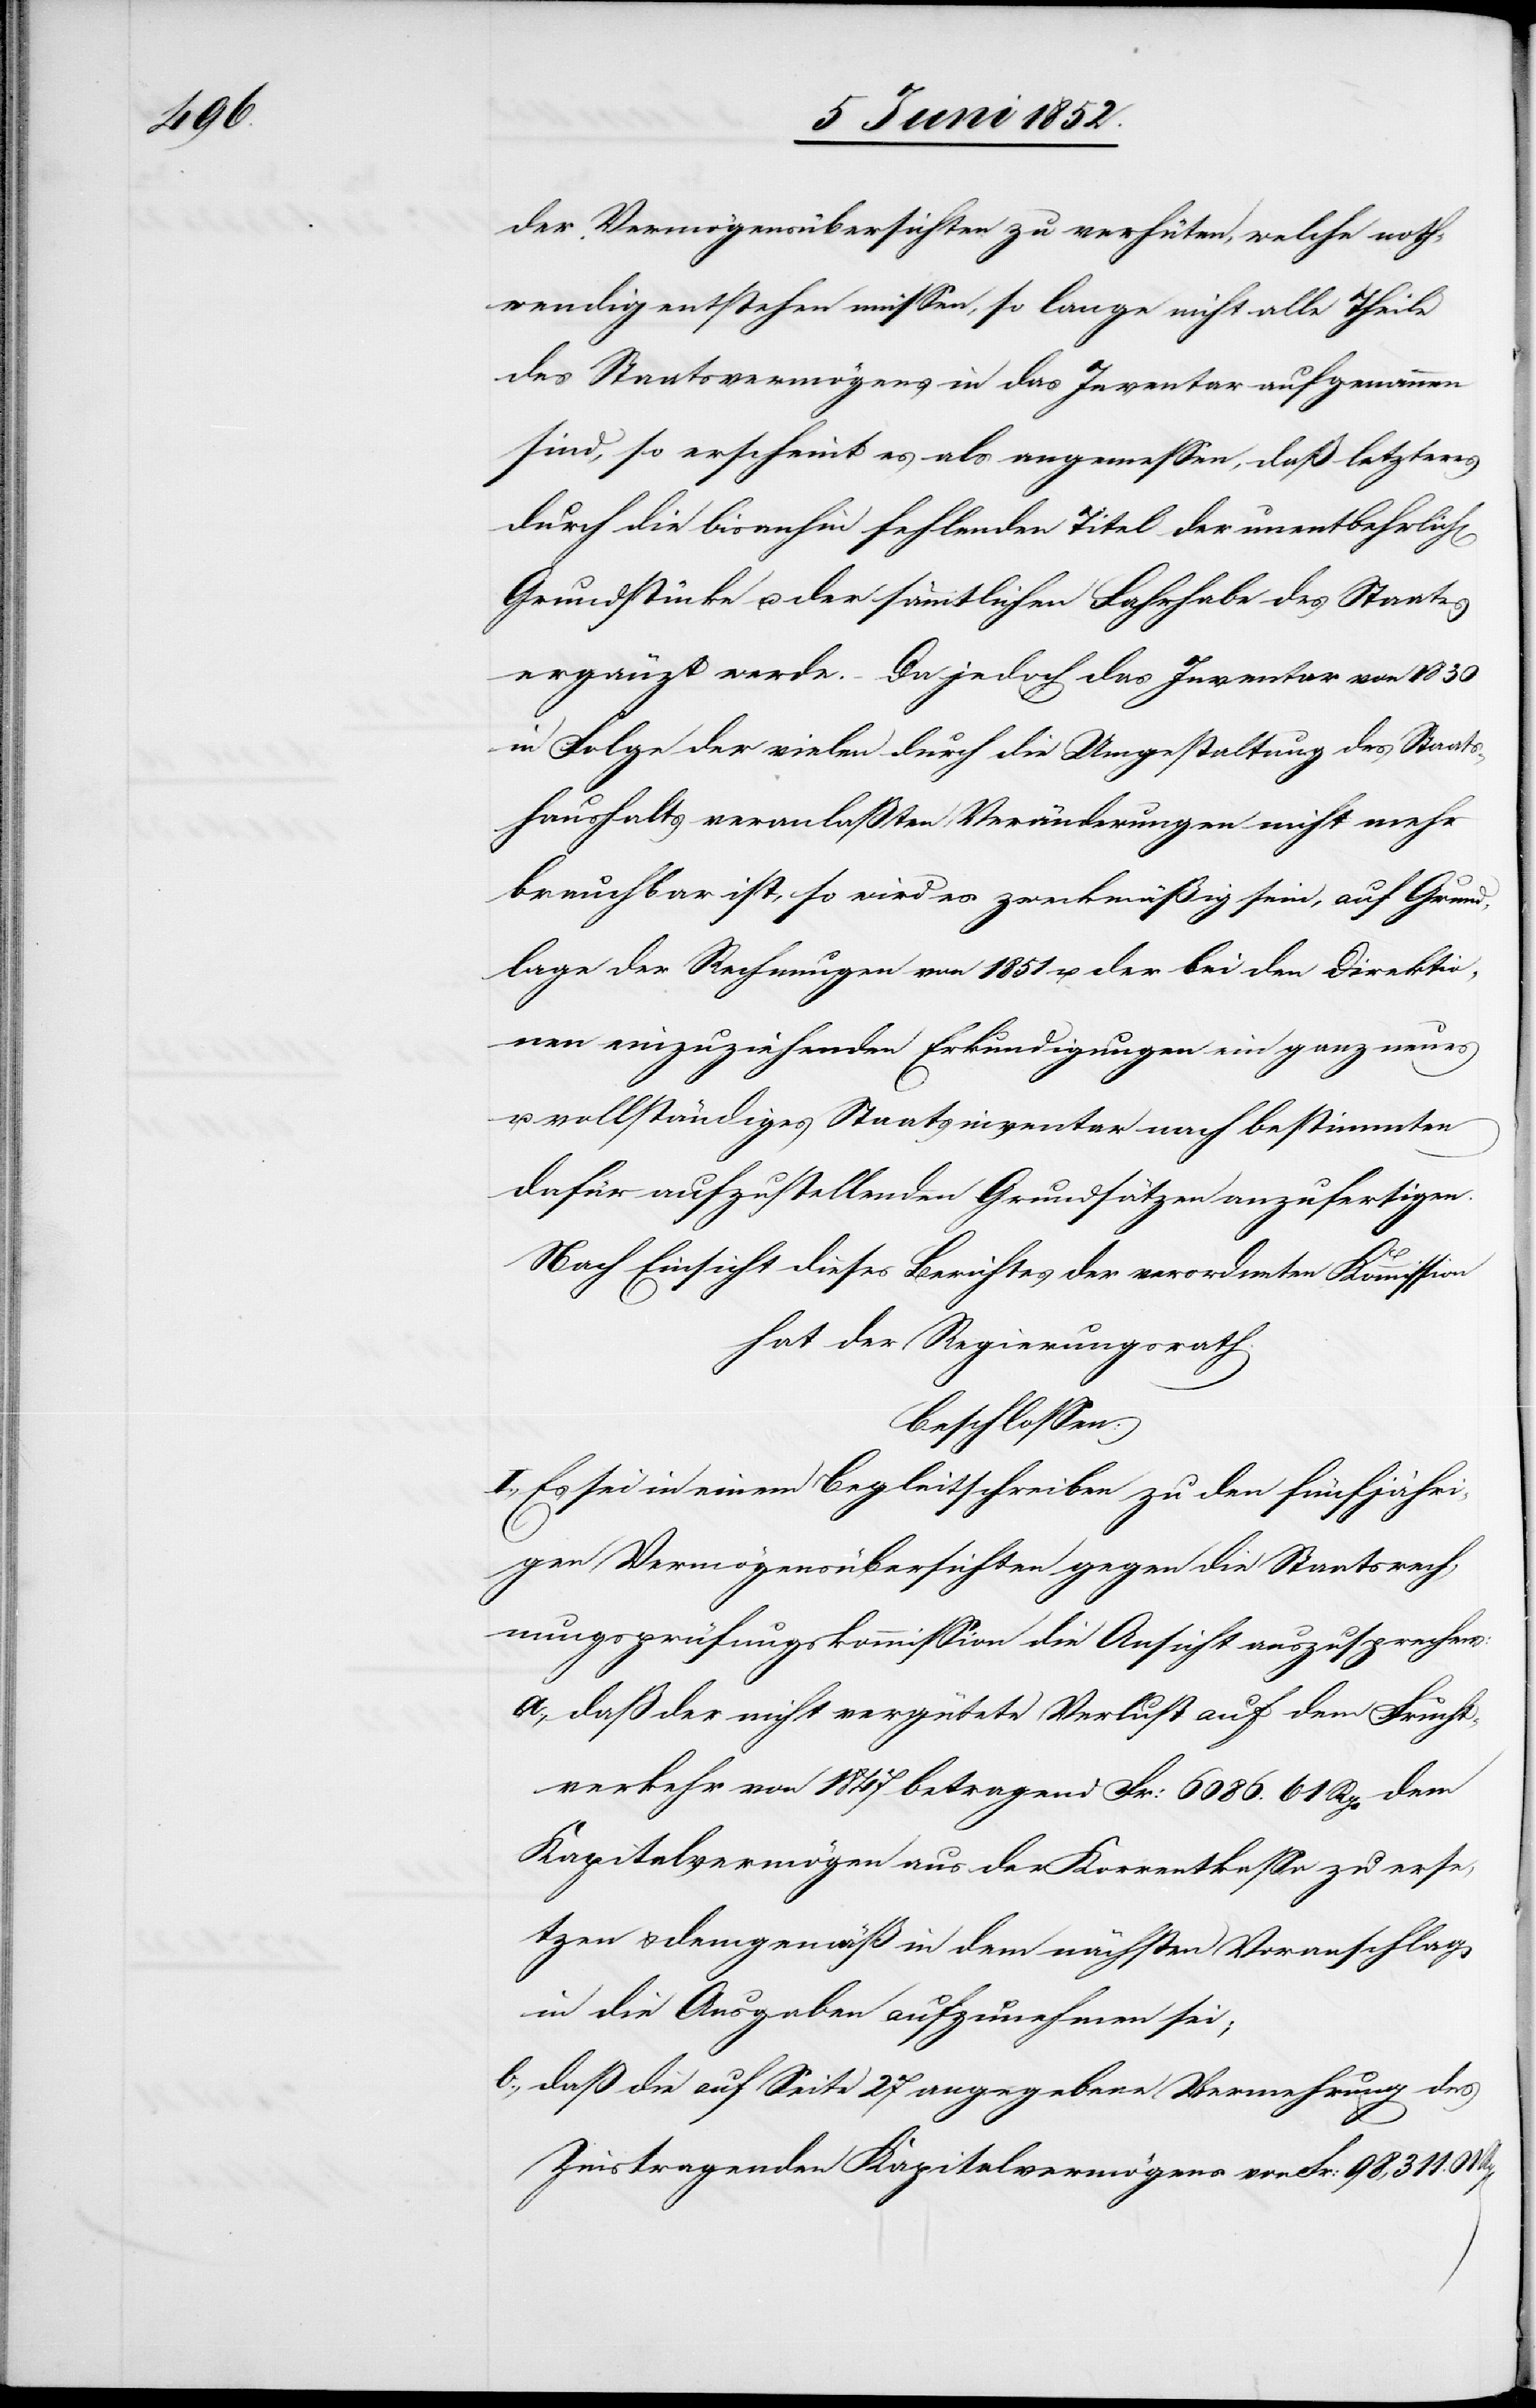
der Vermögensübersichten zu verhüten, welche noth¬
wendig entstehen müssen, so lange nicht alle Theile
des Staatsvermögens in das Inventar aufgenommen
sind, so erscheint es als angemessen, daß letzteres
durch die bisanhin fehlenden Titel der unentbehrlich[en]
Grundstücke u. der sämmtlichen Fahrhabe des Staates
ergänzt werde. – Da jedoch das Inventar von 1830
in Folge der vielen durch die Umgestaltung des Staats¬
haushalts veranlaßten Veränderungen nicht mehr
brauchbar ist, so wird es zweckmäßig sein, auf Grund¬
lage der Rechnungen von 1851 u. der bei den Direktio¬
nen einzuziehenden Erkundigungen ein ganz neues
u. vollständiges Staatsinventar nach bestimmten
dafür aufzustellenden Grundsätzen anzufertigen.
Nach Einsicht dieses Berichtes der verordneten Kommission
hat der Regierungsrath
beschlossen:
I., Es sei in einem Begleitschreiben zu den fünfjähri¬
gen Vermögensübersichten gegen die Staatsrech¬
nungsprüfungskommission die Ansicht auszusprechen:
daß der nicht vergütete Verlust auf dem Frucht¬
verkehr von 1847 betragend Fr: 6086. 61 Rp. dem
Kapitalvermögen aus der Korrentkassa zu erse¬
tzen & demgemäß in dem nächsten Voranschlag
in die Ausgaben aufzunehmen sei;
daß die auf Seite 27 angegebene Vermehrung des
Zinstragenden Kapitalvermögens von Fr: 98,311. 01